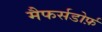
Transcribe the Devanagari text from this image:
मैफर्सडोर्फ़